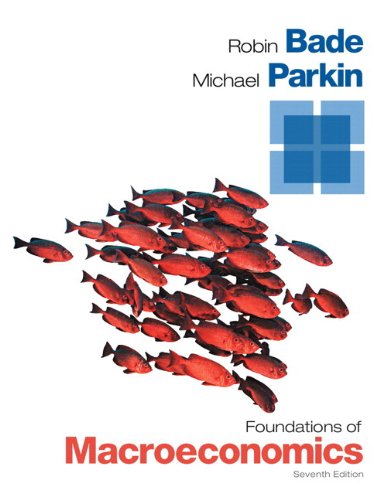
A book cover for Foundations of Macroeconomics Plus NEW MyEconLab with Pearson eText -- Access Card Package (7th Edition); Robin Bade; Business & Money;